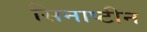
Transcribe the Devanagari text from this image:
सिनाप्टीन